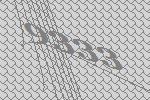
9333